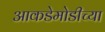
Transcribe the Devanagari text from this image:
आकडेमोडीच्या